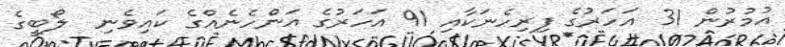
އުމުރުން 31 އަހަރުގެ ފިރިހެނަކާއި 91 އަހަރުގެ އަންހެނެއްގެ ކައިވެނި  ލޯބީގެ